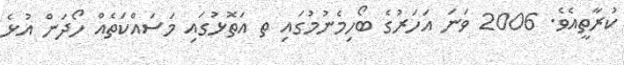
ކުރާތީއެވެ. 2006 ވަނަ އަހަރުގެ ބޯހިމެނުމުގައި ތ އަތޮޅުގައި މަސައްކަތެއް ހޯދަން އުޅެ